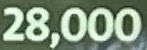
28.000